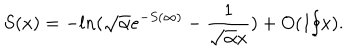
LaTeX: S ( x ) = - l n ( \sqrt { \alpha } e ^ { - S ( \infty ) } - \frac { 1 } { \sqrt { \alpha } x } ) + O ( 1 / x ) .